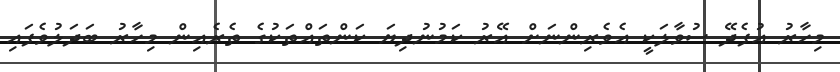
މިހާރު އުފެދޭ ސުވާލަކީ އެވެރިންނަށް އޭރު ކަމުނުދިޔަ ކަންތައްތަކުގެ ތެރެއިން މިހާރު ބަދަލުވެފައި